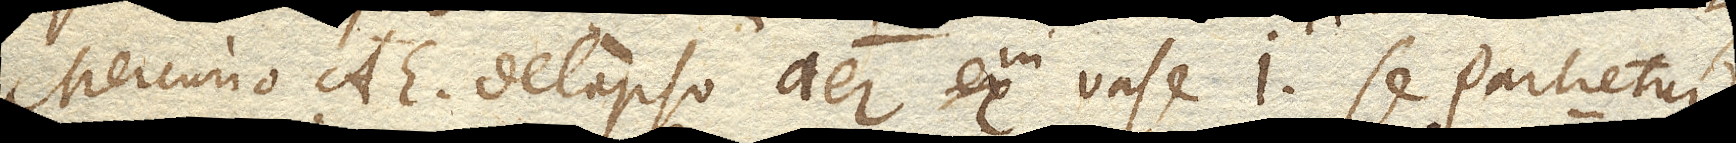
Mercurio AE. delapso aer in vase I. se partietur